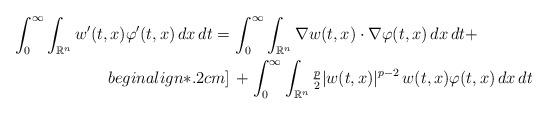
LaTeX: \begin{align*} \int_0^{\infty}\int_{\mathbb{R}^n}w'(t,x)\varphi'(t,x)\,dx\,dt= & \, \int_0^{\infty}\int_{\mathbb{R}^n}\nabla w(t,x)\cdot\nabla\varphi(t,x)\,dx\,dt+\\begin{align*}.2cm] & \, +\int_0^{\infty}\int_{\mathbb{R}^n}\tfrac{p}{2}|w(t,x)|^{p-2}\,w(t,x)\varphi(t,x)\,dx\,dt \end{align*}